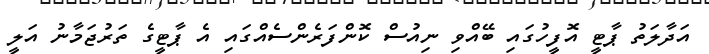
އަދާލަތު ޕާޓީ އޮފީހުގައި ބޭއްވި ނިއުސް ކޮންފަރެންސެއްގައި އެ ޕާޓީގެ ތަރުޖަމާނު އަލީ